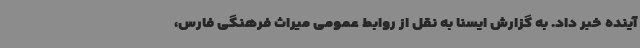
آینده خبر داد. به گزارش ایسنا به نقل از روابط عمومی میراث فرهنگی فارس،